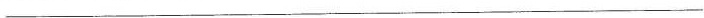
___